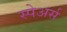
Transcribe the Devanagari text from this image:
स्पेअर्स